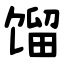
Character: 馏